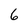
Character: 6